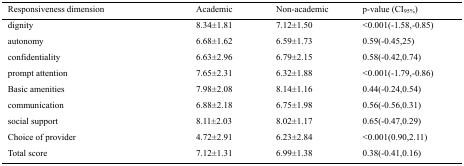
<table><thead><tr><td><b>Responsiveness dimension</b></td><td><b>Academic</b></td><td><b>Non-academic</b></td><td><b>p-value (CI<sub>95%</sub>)</b></td></tr></thead><tbody><tr><td>dignity</td><td>8.34±1.81</td><td>7.12±1.50</td><td>&lt;0.001(-1.58,-0.85)</td></tr><tr><td>autonomy</td><td>6.68±1.62</td><td>6.59±1.73</td><td>0.59(-0.45,25)</td></tr><tr><td>confidentiality</td><td>6.63±2.96</td><td>6.79±2.15</td><td>0.58(-0.42,0.74)</td></tr><tr><td>prompt attention</td><td>7.65±2.31</td><td>6.32±1.88</td><td>&lt;0.001(-1.79,-0.86)</td></tr><tr><td>Basic amenities</td><td>7.98±2.08</td><td>8.14±1.16</td><td>0.44(-0.24,0.54)</td></tr><tr><td>communication</td><td>6.88±2.18</td><td>6.75±1.98</td><td>0.56(-0.56,0.31)</td></tr><tr><td>social support</td><td>8.11±2.03</td><td>8.02±1.17</td><td>0.65(-0.47,0.29)</td></tr><tr><td>Choice of provider</td><td>4.72±2.91</td><td>6.23±2.84</td><td>&lt;0.001(0.90,2.11)</td></tr><tr><td>Total score</td><td>7.12±1.31</td><td>6.99±1.38</td><td>0.38(-0.41,0.16)</td></tr></tbody></table>